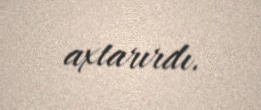
axtarırdı.